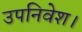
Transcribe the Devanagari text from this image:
उपनिवेश।